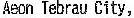
AEON TEBRAU CITY,